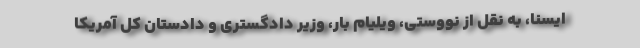
ایسنا، به نقل از نووستی، ویلیام بار، وزیر دادگستری و دادستان کل آمریکا